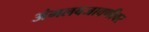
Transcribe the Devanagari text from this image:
अंमलबजावणीवर